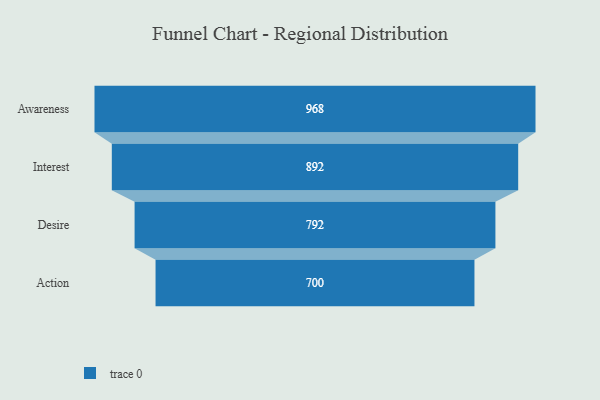
{"axis": {"x": "Stage", "y": "Value"}, "legend": [""], "data": [{"x": "Awareness", "y": 968.0, "type": ""}, {"x": "Interest", "y": 892.0, "type": ""}, {"x": "Desire", "y": 792.0, "type": ""}, {"x": "Action", "y": 700.0, "type": ""}]}